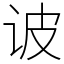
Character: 诐